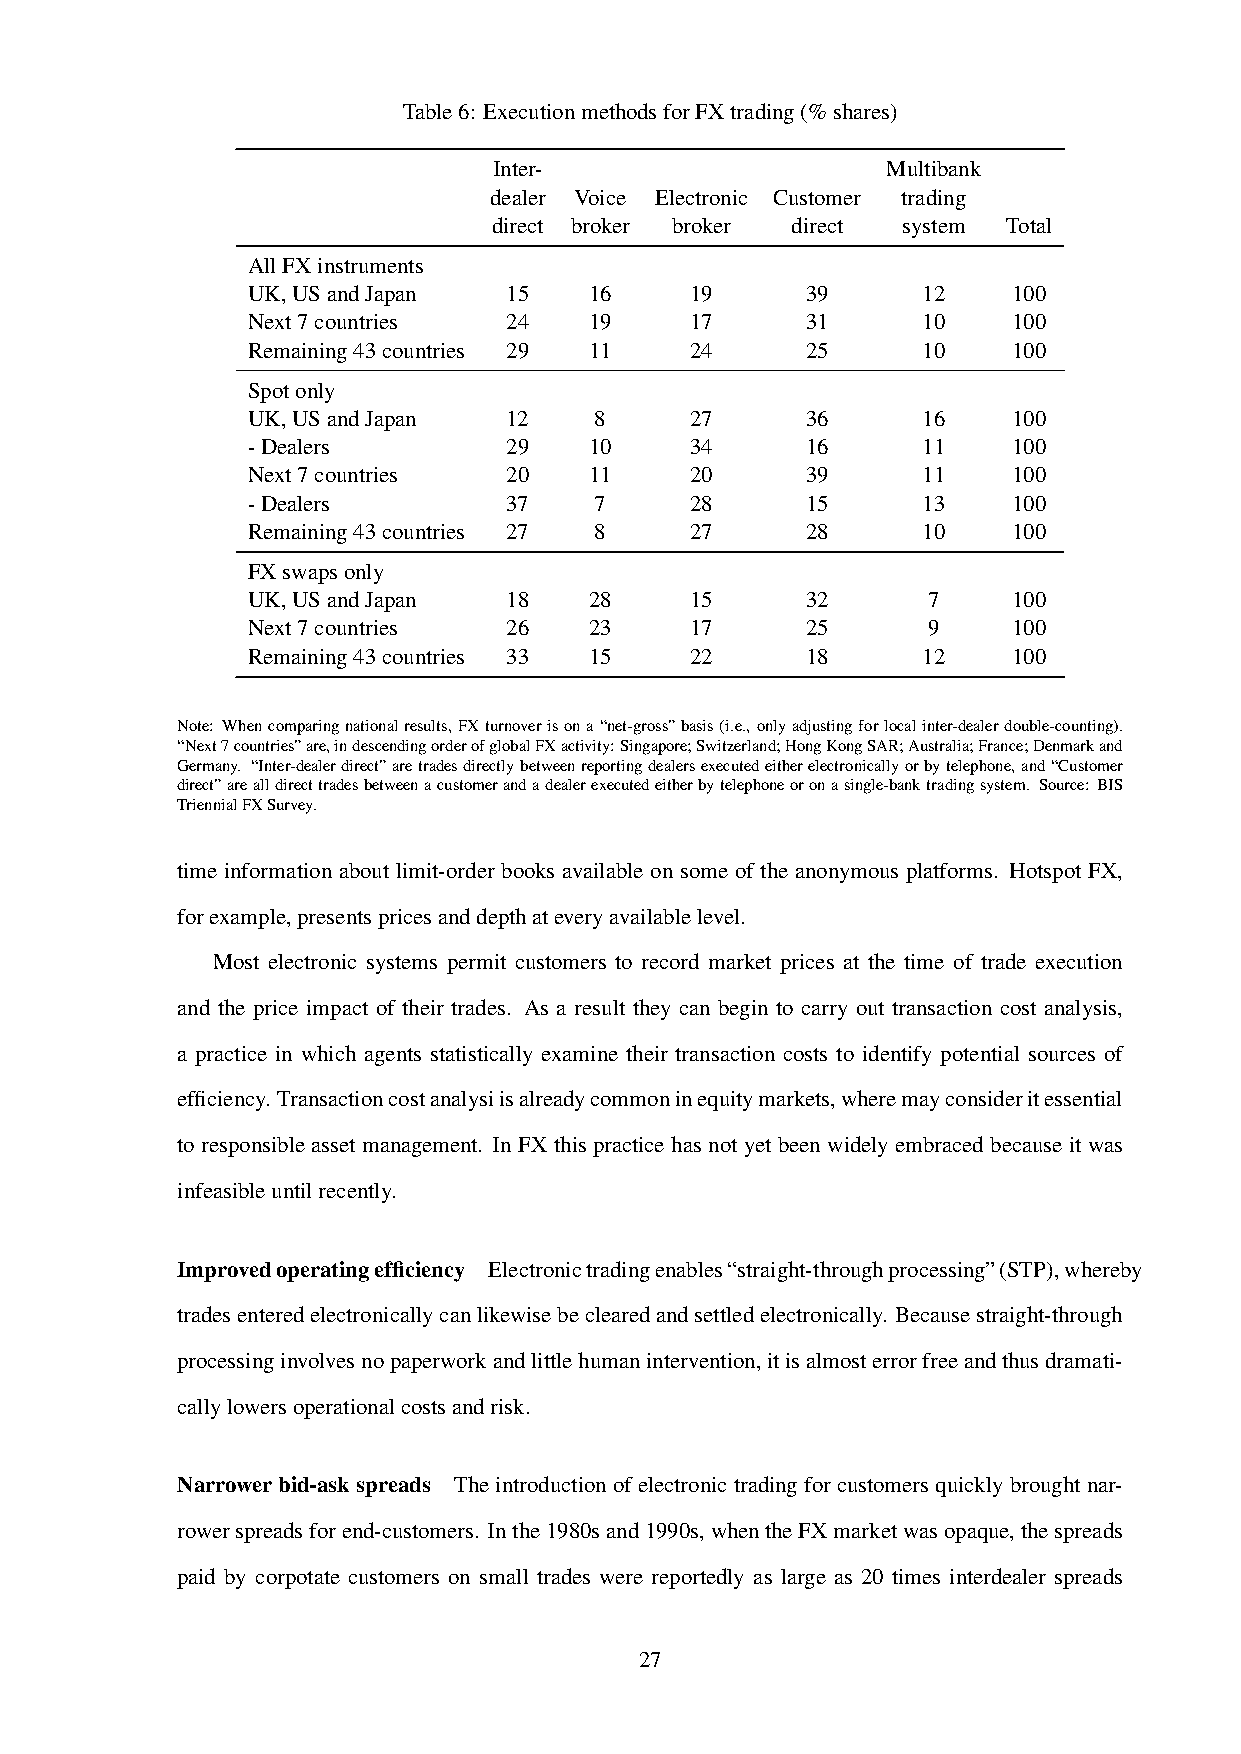
Table6: ExecutionmethodsforFXtrading(%shares)
 Inter-                    Multibank
 dealer Voice Electronic Customer trading
 direct broker broker direct system Total
 AllFXinstruments
 UK,USandJapan     15   16     19     39      12    100
 Next7countries    24   19     17     31      10    100
 Remaining43countries 29 11    24     25      10    100
 Spotonly
 UK,USandJapan     12   8      27     36      16    100
 -Dealers          29   10     34     16      11    100
 Next7countries    20   11     20     39      11    100
 -Dealers          37   7      28     15      13    100
 Remaining43countries 27 8     27     28      10    100
 FXswapsonly
 UK,USandJapan     18   28     15     32      7     100
 Next7countries    26   23     17     25      9     100
 Remaining43countries 33 15    22     18      12    100
 Note: Whencomparingnationalresults, FXturnoverisona“net-gross”basis(i.e., onlyadjustingforlocalinter-dealerdouble-counting).
 “Next7countries”are,indescendingorderofglobalFXactivity:Singapore;Switzerland;HongKongSAR;Australia;France;Denmarkand
 Germany. “Inter-dealerdirect”aretradesdirectlybetweenreportingdealersexecutedeitherelectronicallyorbytelephone,and“Customer
 direct”arealldirecttradesbetweenacustomerandadealerexecutedeitherbytelephoneoronasingle-banktradingsystem. Source: BIS
 TriennialFXSurvey.
 time information about limit-order books available on some of the anonymous platforms. Hotspot FX,
 forexample,presentspricesanddepthateveryavailablelevel.
 Most electronic systems permit customers to record market prices at the time of trade execution
 and the price impact of their trades. As a result they can begin to carry out transaction cost analysis,
 a practice in which agents statistically examine their transaction costs to identify potential sources of
 efficiency. Transactioncostanalysiisalreadycommoninequitymarkets,wheremayconsideritessential
 to responsible asset management. In FX this practice has not yet been widely embraced because it was
 infeasibleuntilrecently.
 Improvedoperatingefficiency Electronictradingenables“straight-throughprocessing”(STP),whereby
 tradesenteredelectronicallycanlikewisebeclearedandsettledelectronically. Becausestraight-through
 processinginvolvesnopaperworkandlittlehumanintervention,itisalmosterrorfreeandthusdramati-
 callylowersoperationalcostsandrisk.
 Narrowerbid-askspreads Theintroductionofelectronictradingforcustomersquicklybroughtnar-
 rowerspreadsforend-customers. Inthe1980sand1990s,whentheFXmarketwasopaque,thespreads
 paid by corpotate customers on small trades were reportedly as large as 20 times interdealer spreads
 27